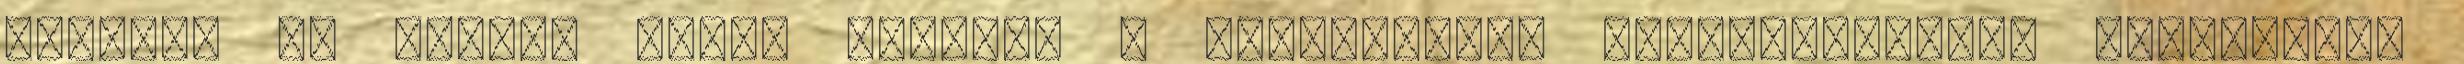
intézni az ügyet. Tüttő István: A jegyzőkönyv elkészítésének határideje